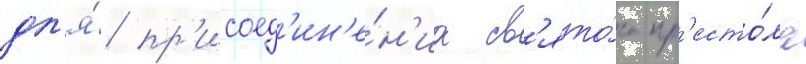
дл'я́ пр'исоед'ин'е́н'иа св'ято́го пр'есто́ла